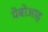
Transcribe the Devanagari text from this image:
येबोआह